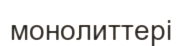
монолиттері